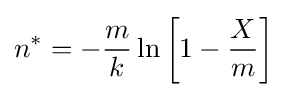
n^{*}=-{\frac {m}{k}}\ln \left[1-{\frac {X}{m}}\right]